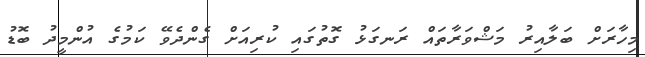
މިހާރަށް ބަލާއިރު މަޝްވަރާތައް ރަނގަޅު ގޮތުގައި ކުރިއަށް ގެންދެވޭ ކަމުގެ އުންމީދު ބޮޑު